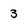
Character: 3